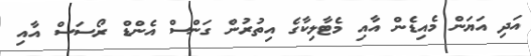
އަދި އަޔަން މެއިޑެން އާއި މެޓާލިކާގެ އިތުރުން ގަންސް އެންޑް ރޯސަސް އާއި